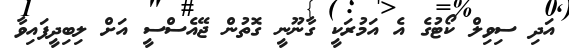
އަދި ސިވިލް ކޯޓުގެ އެ އަމުރަކީ ގާނޫނީ ގޮތުން ޖޭއެސްސީ އަށް ލިބިދީފައިވާ